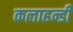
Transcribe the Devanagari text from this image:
कलाहन्डी